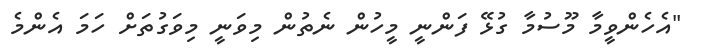
"އެހެންވީމާ މޫސުމާ ގުޅޭ ފަންނީ މީހުން ނެތުން މިވަނީ މިވަގުތަށް ހަމަ އެންމެ